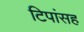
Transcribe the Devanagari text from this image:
टिपांसह